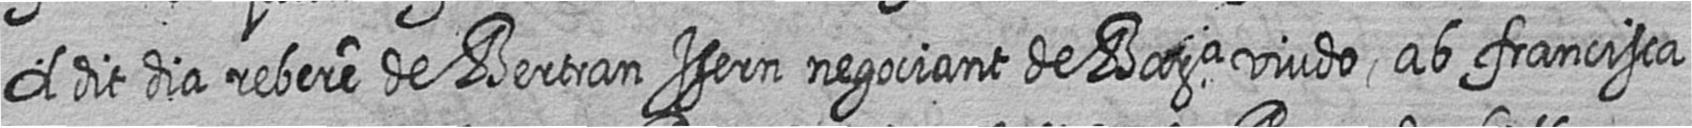
A dit dia rebere de Bertran Isern negociant de Bara viudo ab francisca